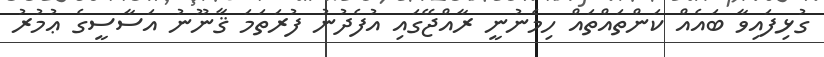
ގުޅިފައިވާ ބައެއް ކަންތައްތައް ހިމެނުނީ ރާއްޖޭގައި އުފެދުނު ފުރަތަމަ ޤާނޫނު އަސާސީގެ ޢުމުރު